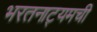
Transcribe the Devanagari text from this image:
भरतनाट्यमची